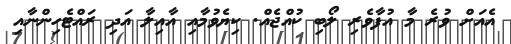
އެއަށް ވުރެ މާ އުފާވެރި ލޯބި ކުއްޖެއް. ކިޔެވުމާއި އާއިލާ އަދި ރައްޓެހިންނާއި